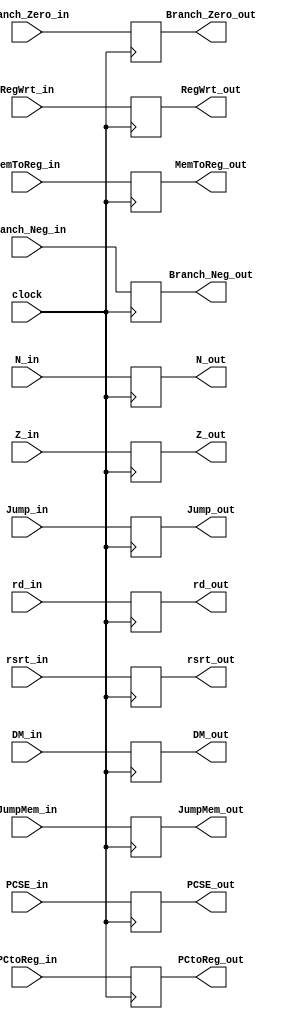
`timescale 1ns / 1ps
//////////////////////////////////////////////////////////////////////////////////
// Company: 
// Engineer: 
// 
// Design Name: 
// Module Name: EXWB_buffer
// Project Name: 
// Target Devices: 
// Tool Versions: 
// Description: 
// 
// Dependencies: 
// 
// Revision:
// Revision 0.01 - File Created
// Additional Comments:
// 
//////////////////////////////////////////////////////////////////////////////////


module EXWB_buffer(clock, N_in, Z_in, RegWrt_in, MemToReg_in, PCtoReg_in, Branch_Neg_in, Branch_Zero_in, 
                   Jump_in, JumpMem_in, rsrt_in, DM_in, rd_in, PCSE_in, N_out, Z_out, RegWrt_out, 
                   MemToReg_out, PCtoReg_out, Branch_Neg_out, Branch_Zero_out, Jump_out, JumpMem_out, 
                   rsrt_out, DM_out, rd_out, PCSE_out);
input clock;

input N_in, Z_in, RegWrt_in, MemToReg_in, PCtoReg_in, Branch_Neg_in, Branch_Zero_in, Jump_in, JumpMem_in;
input[31:0] rsrt_in, DM_in, PCSE_in;
input[5:0] rd_in;

output reg N_out, Z_out, RegWrt_out, MemToReg_out, PCtoReg_out, Branch_Neg_out, Branch_Zero_out, Jump_out, JumpMem_out;
output reg[31:0] rsrt_out, DM_out, PCSE_out;
output reg[5:0] rd_out;
always@(posedge clock)
begin
    N_out = N_in;
    Z_out = Z_in;
    RegWrt_out = RegWrt_in;
    MemToReg_out = MemToReg_in;
    PCtoReg_out = PCtoReg_in;
    Branch_Neg_out = Branch_Neg_in;
    Branch_Zero_out = Branch_Zero_in;
    Jump_out = Jump_in;
    JumpMem_out = JumpMem_in;
    rsrt_out = rsrt_in;
    DM_out = DM_in;
    PCSE_out = PCSE_in;
    rd_out = rd_in;
end
endmodule